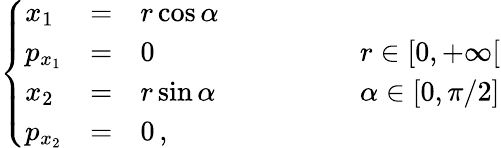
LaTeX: \left\{ \begin{array}{lcll}{x_{1}}&{=}&{r\cos\alpha}&{}\\ {p_{x_{1}}}&{=}&{0}&{\qquad\qquad r\in[0,+\infty[}\\ {x_{2}}&{=}&{r\sin\alpha}&{\qquad\qquad\alpha\in[0,\pi/2]}\\ {p_{x_{2}}}&{=}&{0\, ,}&{}\end{array}\right.